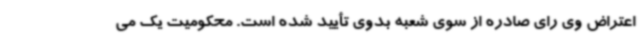
اعتراض وی رای صادره از سوی شعبه بدوی تأیید شده است. محکومیت یک می